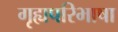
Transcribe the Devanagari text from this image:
गृह्यपरिभाषा